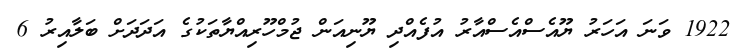
1922 ވަނަ އަހަރު ޔޫއެސްއެސްއާރު އުފެއްދި ޔޫނިއަން ޖުމްހޫރިއްޔާތަކުގެ އަދަދަށް ބަލާއިރު 6